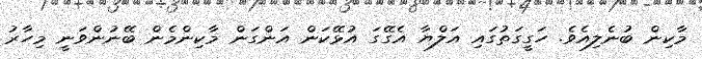
މާކިން ބުނެލިއެވެ. ހަގީގަތުގައި އަލްޔާ އެގޭގަ އުޅޭކަން އަންގަން މާކިންމެން ބޭނުންވަނީ މިހާރު